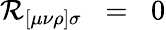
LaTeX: \mathcal{R}_{[\mu\nu\rho]\sigma}\; \; =\; \; 0